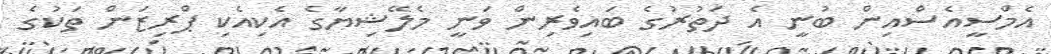
އެމްސީއެސްއިން ބުނީ އެ ދަތުރުގެ ބައިވެރިން ވަނީ މެލޭޝިޔާގެ އެކިއެކި ޕްރިޒަން ތަކުގެ